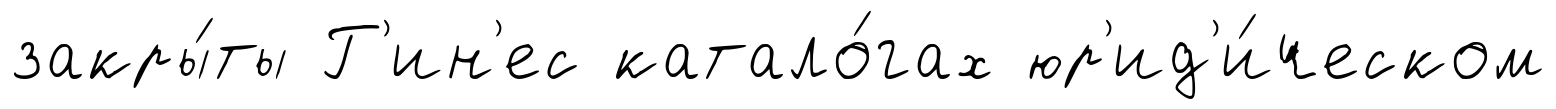
закры́ты Г'ин'ес катало́гах юр'ид'и́ческом